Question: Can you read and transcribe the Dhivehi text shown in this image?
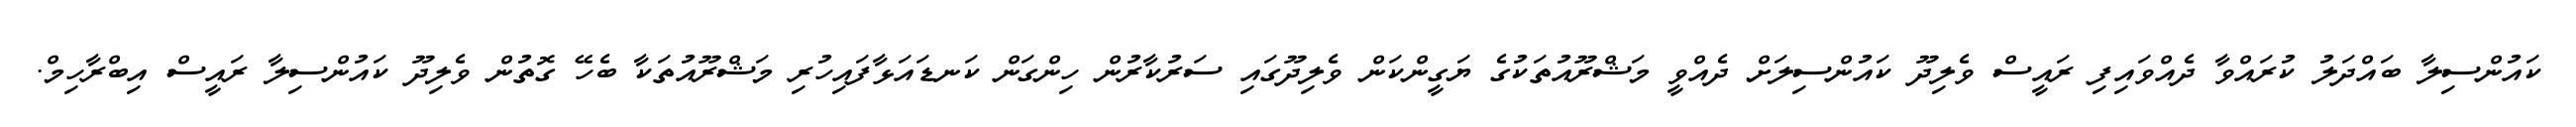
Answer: ކައުންސިލާ ބައްދަލު ކުރައްވާ ދެއްވައިފި ރައީސް ވެލިދޫ ކައުންސިލަށް ދެއްވީ މަޝްރޫއުތަކުގެ ޔަގީންކަން ވެލިދޫގައި ސަރުކާރުން ހިންގަން ކަނޑައަޅާފައިހުރި މަޝްރޫއުތަކާ ބެހޭ ގޮތުން ވެލިދޫ ކައުންސިލާ ރައީސް އިބްރާހިމް.